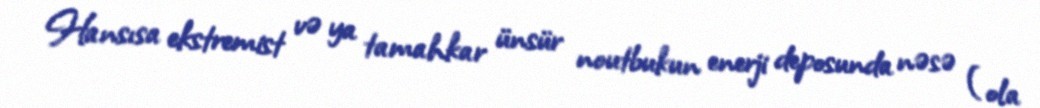
Hansısa ekstremist və ya tamahkar ünsür noutbukun enerji deposunda nəsə (ola